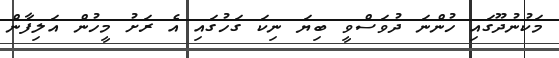
މަކުނުދޫގައި ހުންނަ ދުވަސްވީ ބިޔަ ނިކަ ގަހުގައި އެ ރަށު މީހުން އަލިފާން